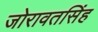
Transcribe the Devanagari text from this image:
जोरावतसिंह